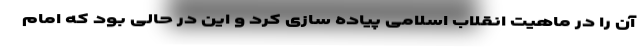
آن را در ماهیت انقلاب اسلامی پیاده سازی کرد و این در حالی بود که امام